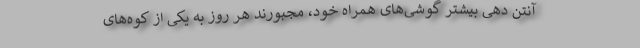
آنتن دهی بیشتر گوشی‌های همراه خود، مجبورند هر روز به یکی از کوه‌های